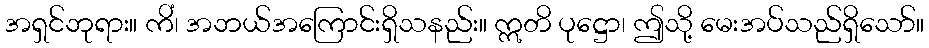
အရှင်ဘုရား။ ကိံ၊ အဘယ်အကြောင်းရှိသနည်း။ ဣတိ ပုဋ္ဌော၊ ဤသို့ မေးအပ်သည်ရှိသော်။